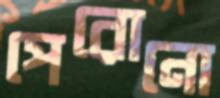
পেরোনো